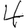
Digit: 4